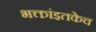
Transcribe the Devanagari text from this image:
भक्तांइतकेच